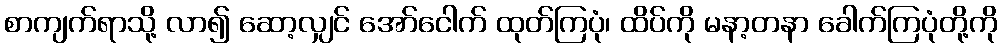
စာကျက်ရာသို့ လာ၍ ဆော့လျှင် အော်ငေါက် ထုတ်ကြပုံ၊ ထိပ်ကို မနာ့တနာ ခေါက်ကြပုံတို့ကို